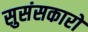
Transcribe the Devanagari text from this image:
सुसंसकारों